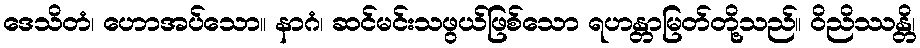
ဒေသိတံ၊ ဟောအပ်သော။ နာဂံ၊ ဆင်မင်းသဖွယ်ဖြစ်သော ရဟန္တာမြတ်တို့သည်။ ဝိညိဿန္တိ၊